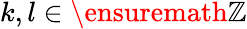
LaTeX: k,l\in\ensuremath{\mathbb{Z}}